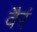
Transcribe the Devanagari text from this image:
वैरं